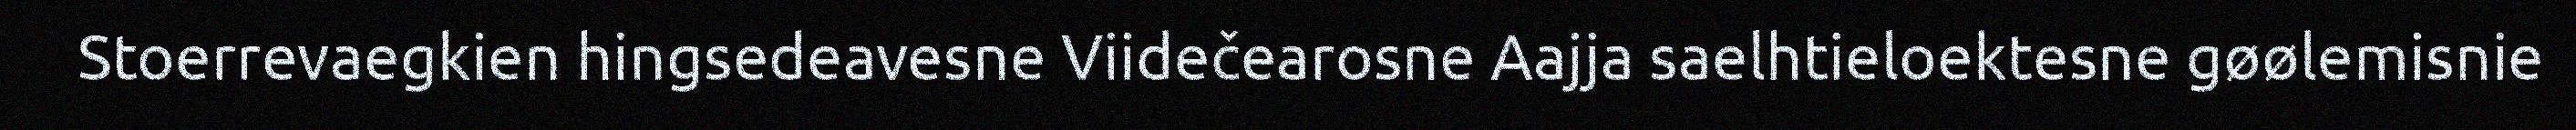
Stoerrevaegkien hingsedeavesne Viidečearosne Aajja saelhtieloektesne gøølemisnie